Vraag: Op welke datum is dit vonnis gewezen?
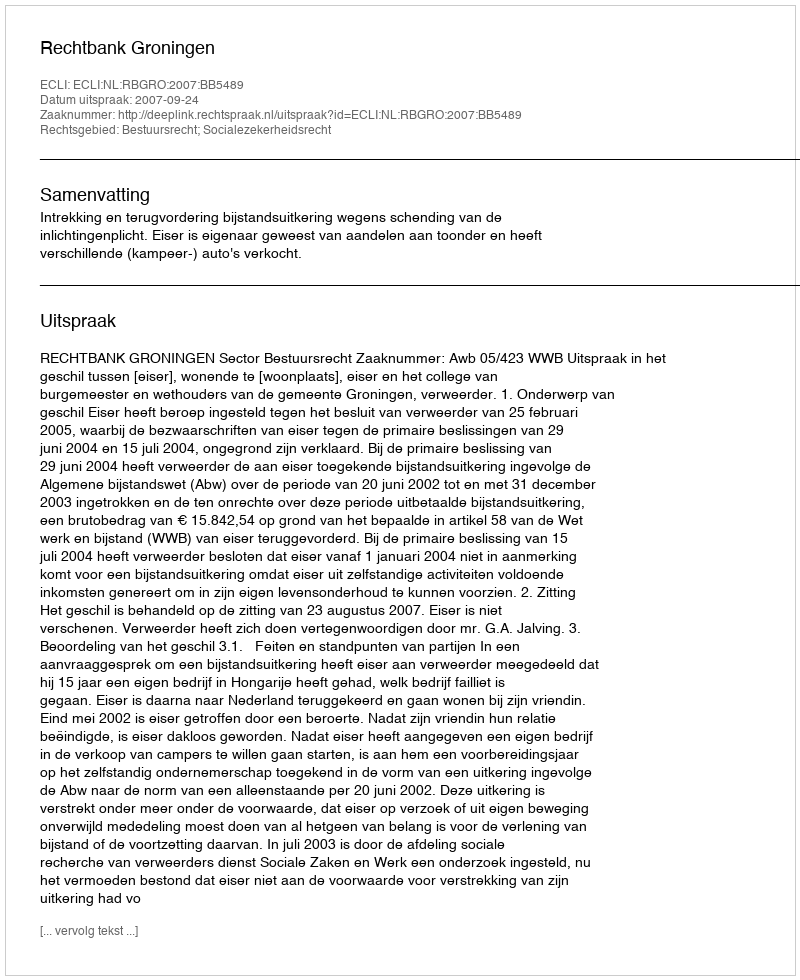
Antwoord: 2007-09-24